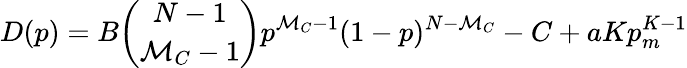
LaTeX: D(p)=B{\binom{N-1}{\mathcal{M}_{C}-1}}p^{\mathcal{M}_{C}-1}(1-p)^{N-\mathcal{M}_{C}}-C+aKp_{m}^{K-1}